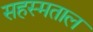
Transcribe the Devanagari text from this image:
सहस्मताल